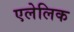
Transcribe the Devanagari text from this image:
एलेलिक